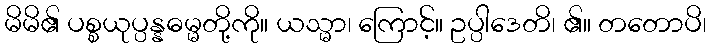
မိမိ၏ ပစ္စယုပ္ပန္နဓမ္မတို့ကို။ ယသ္မာ၊ ကြောင့်။ ဥပ္ပါဒေတိ၊ ၏။ တတောပိ၊